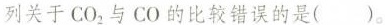
列关于CO_{2}与CO的比较错误的是{}。